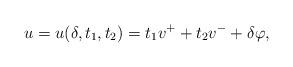
LaTeX: \begin{align*}u=u(\delta, t_1, t_2)=t_1 v^++t_2 v^-+\delta \varphi,\end{align*}